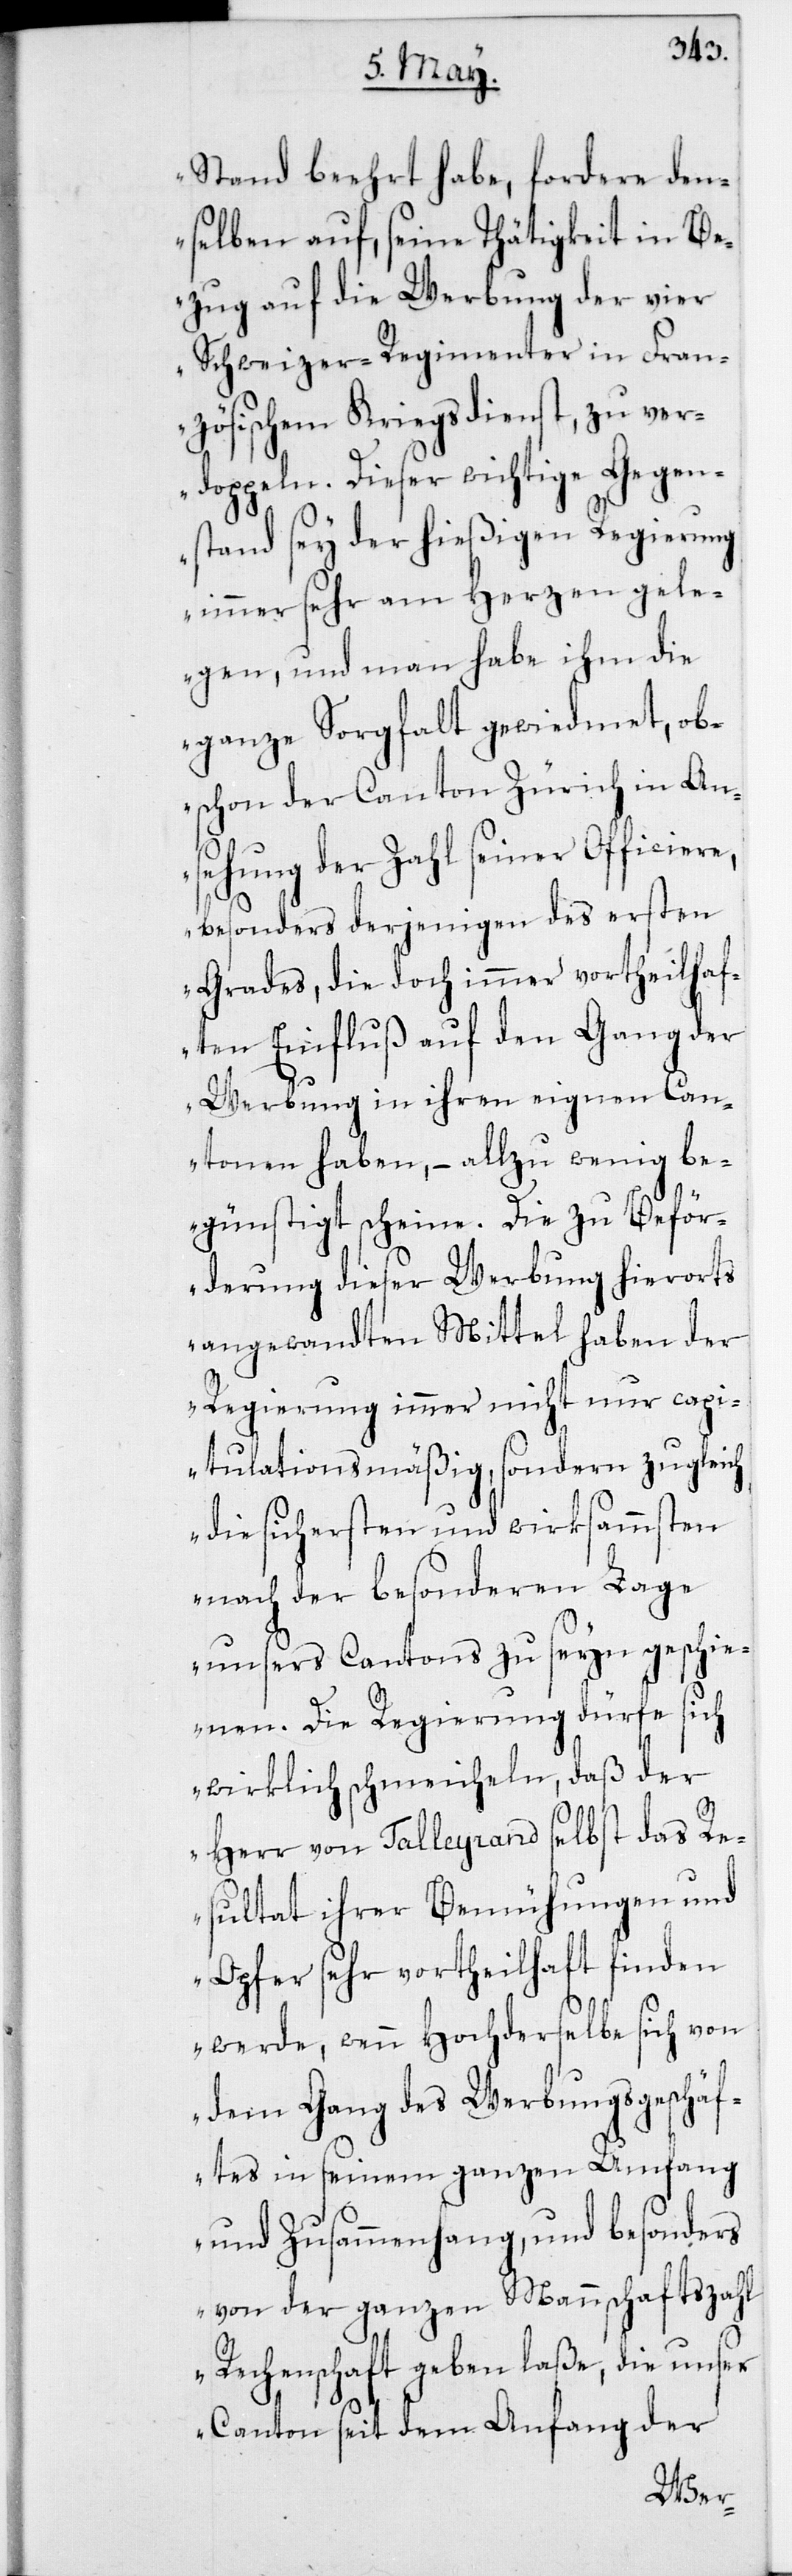
Stand beehrt habe, fordere den¬
selben auf, seine Thätigkeit in Be¬
zug auf die Werbung der vier
Schweizer-Regimenter in Fran¬
zösischem Kriegsdienst, zu ver¬
doppeln. Dieser wichtige Gegen¬
stand sey der hießigen Regierung
immer sehr am Herzen gele¬
gen, und man habe ihm die
ganze Sorgfalt gewiedmet, ob¬
schon der Canton Zürich in An¬
sehung der Zahl seiner Officiere,
besonders derjenigen des ersten
Grades, die doch immer vortheilhaf¬
ten Einfluß auf den Gang der
Werbung in ihren eignen Can¬
tonen haben, – allzu wenig be¬
günstigt scheine. Die zu Beför¬
derung dieser Werbung hierorts
angewandten Mittel haben der
Regierung immer nicht nur capi¬
tulationsmäßig, sondern zugleich
die sichersten und wirksammsten
nach der besonderen Lage
unsers Cantons zu seyn geschie¬
nen. Die Regierung dürfe sich
wirklich schmeicheln, daß der
Herr von Talleyrand selbst das Re¬
sultat ihrer Bemühungen und
Opfer sehr vortheilhaft finden
dem Gang des Werbungsgeschäf¬
tes in seinem ganzen Umfang
und Zusammenhang, und besonders
von der ganzen Mannschaftszahl
Rechenschaft geben laße, die unser
Canton seit dem Anfang der